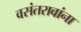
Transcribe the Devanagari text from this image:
वसंतरावांना